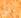
مثل